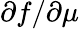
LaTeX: \partial f/\partial\mu